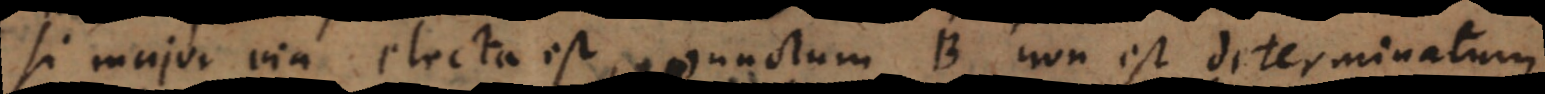
si major via electa est, punctum B non est determinatum